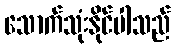
သောက်သုံးနိုင်ပါသည်